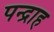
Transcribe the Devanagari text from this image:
पन्द्राह